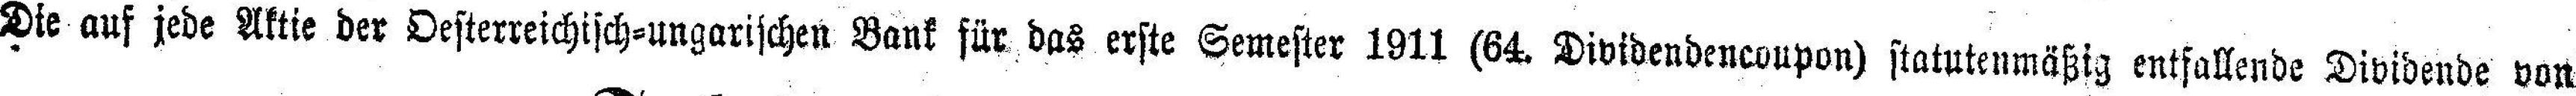
Die auf jede Aktie der Oesterreichisch-ungarischen Bank für das erste Semester 1911 (64. Dividendencoupon) statutenmäßig entfallende Dividende von